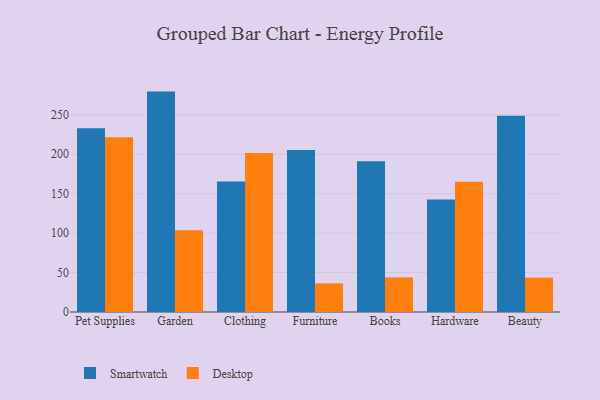
{"axis": {"x": "Category", "y": "Net Income (USD K)"}, "legend": ["Desktop", "Smartwatch"], "data": [{"x": "Pet Supplies", "y": 233.0, "type": "Smartwatch"}, {"x": "Pet Supplies", "y": 221.6, "type": "Desktop"}, {"x": "Garden", "y": 279.5, "type": "Smartwatch"}, {"x": "Garden", "y": 103.7, "type": "Desktop"}, {"x": "Clothing", "y": 165.5, "type": "Smartwatch"}, {"x": "Clothing", "y": 201.6, "type": "Desktop"}, {"x": "Furniture", "y": 205.3, "type": "Smartwatch"}, {"x": "Furniture", "y": 36.3, "type": "Desktop"}, {"x": "Books", "y": 191.1, "type": "Smartwatch"}, {"x": "Books", "y": 43.9, "type": "Desktop"}, {"x": "Hardware", "y": 142.8, "type": "Smartwatch"}, {"x": "Hardware", "y": 165.1, "type": "Desktop"}, {"x": "Beauty", "y": 248.9, "type": "Smartwatch"}, {"x": "Beauty", "y": 43.6, "type": "Desktop"}]}